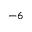
^ { - 6 }